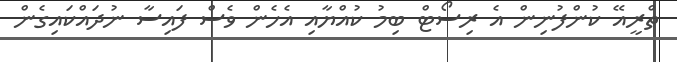
ތްރީއޭ ކުންފުނިން އެ ރިސޯޓް ބިމު ކުއްޔާއި އެހެން ވެސް ފައިސާ ނުދައްކައިގެން